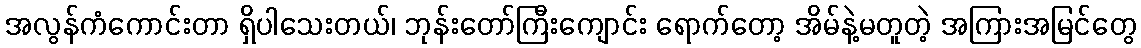
အလွန်ကံကောင်းတာ ရှိပါသေးတယ်၊ ဘုန်းတော်ကြီးကျောင်း ရောက်တော့ အိမ်နဲ့မတူတဲ့ အကြားအမြင်တွေ